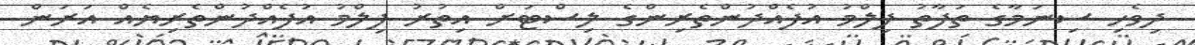
ދިވެހި ސިނަމާގެ ތަފާތު ފިލްމު އުފެއްދުންތެރިންގެ ލިސްޓަށް އިތުރު ފިލްމު އުފެއްދުންތެރިޔެއް އަރަން